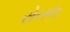
રોનલ